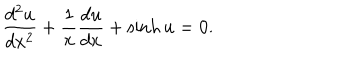
\frac { d ^ { 2 } u } { d x ^ { 2 } } + \frac { 1 } { x } \frac { d u } { d x } + \sinh u = 0 .